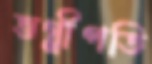
ভগ্নীপতি